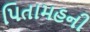
પિતામહની